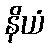
နိယံ